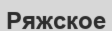
Ряжское